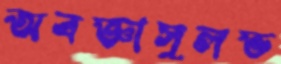
অবজ্ঞাসুলভ